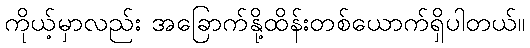
ကိုယ့်မှာလည်း အခြောက်နို့ထိန်းတစ်ယောက်ရှိပါတယ်။